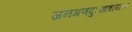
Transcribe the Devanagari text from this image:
जनगणदुःखत्रायक